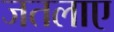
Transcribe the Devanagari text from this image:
जतलाए